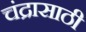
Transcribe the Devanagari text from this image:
चंद्रासाठी